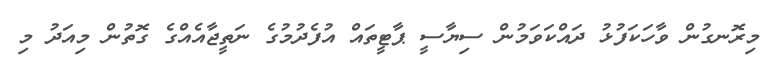
މިރޮނގުން ވާހަކަފުޅު ދައްކަވަމުން ސިޔާސީ ޕާޓީތައް އުފެދުމުގެ ނަތީޖާއެއްގެ ގޮތުން މިއަދު މި